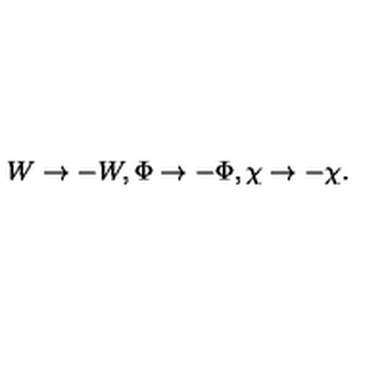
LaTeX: W \rightarrow - W , \Phi \rightarrow - \Phi , \chi \rightarrow - \chi .